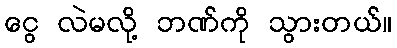
ငွေ လဲမလို့ ဘဏ်ကို သွားတယ်။